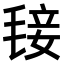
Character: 𣮍